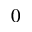
0